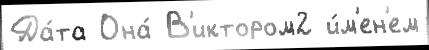
Да́та Она́ В'иктором2 и́м'ен'ем